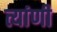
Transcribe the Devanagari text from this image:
त्यांणी